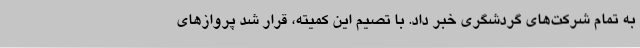
به تمام شرکت‌های گردشگری خبر داد. با تصیم این کمیته، قرار شد پروازهای